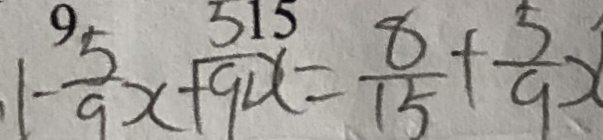
1 - \frac { 5 } { 9 } x + \frac { 5 } { 9 } x = \frac { 8 } { 1 5 } + \frac { 5 } { 9 } x